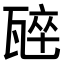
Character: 𭺣